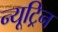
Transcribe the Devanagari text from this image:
न्यूट्रिन